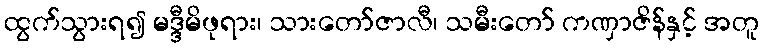
ထွက်သွားရ၍ မဒ္ဒီမိဖုရား၊ သားတော်ဇာလီ၊ သမီးတော် ကဏှာဇိန်နှင့် အတူ